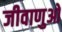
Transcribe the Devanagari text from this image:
जीवाणुओ